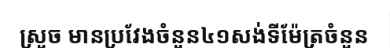
ស្រួច មានប្រវែងចំនួន៤១សង់ទីម៉ែត្រចំនួន